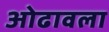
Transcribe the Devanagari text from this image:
ओढावला